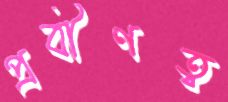
প্রবীণত্ব